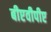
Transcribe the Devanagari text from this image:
बीएवीपीए